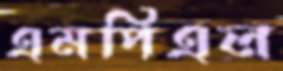
এমপিএল